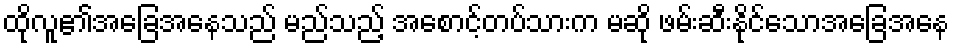
ထိုလူ၏အခြေအနေသည် မည်သည့် အစောင့်တပ်သားက မဆို ဖမ်းဆီးနိုင်သောအခြေအနေ